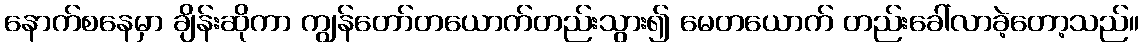
နောက်စနေမှာ ချိန်းဆိုကာ ကျွန်တော်တယောက်တည်းသွား၍ မေတယောက် တည်းခေါ်လာခဲ့တော့သည်။